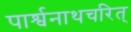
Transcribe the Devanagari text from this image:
पार्श्वनाथचरित्